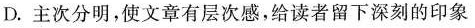
D.主次分明，使文章有层次感，给读者留下深刻的印象